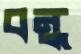
বন্ধ